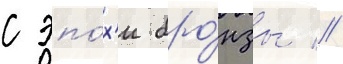
с эпо́х'и бро́нзы //